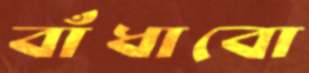
বাঁধাবো